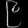
Digit: ၉